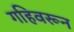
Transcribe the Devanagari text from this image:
गहिवरून